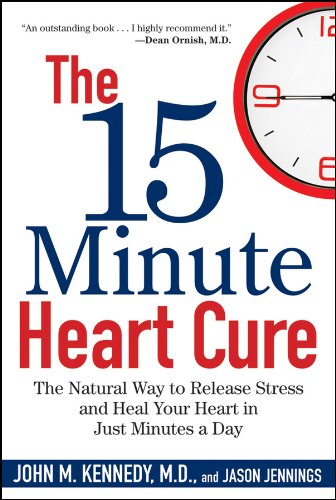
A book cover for The 15 Minute Heart Cure: The Natural Way to Release Stress and Heal Your Heart in Just Minutes a Day; John M. Kennedy; Health, Fitness & Dieting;